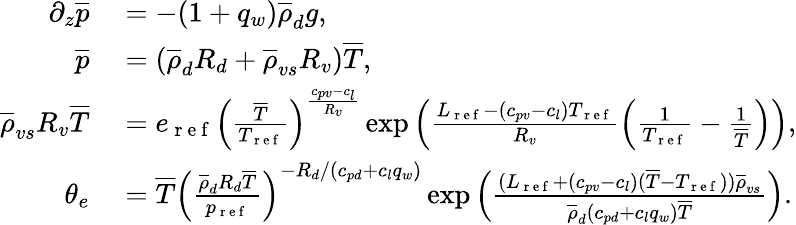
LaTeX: \begin{array}{rl}{\partial_{z}\overline{{p}}}&{{}=-(1+q_{w})\overline{{\rho}}_{d}g,}\\ {\overline{{p}}}&{{}=(\overline{{\rho}}_{d}R_{d}+\overline{{\rho}}_{vs}R_{v})\overline{{T}},}\\ {\overline{{\rho}}_{vs}R_{v}\overline{{T}}}&{{}=e_{\mathrm{~r~e~f~}}\left(\frac{\overline{{T}}}{T_{\mathrm{~r~e~f~}}}\right)^{\frac{c_{pv}-c_{l}}{R_{v}}}\exp\left(\frac{L_{\mathrm{~r~e~f~}}-(c_{pv}-c_{l})T_{\mathrm{~r~e~f~}}}{R_{v}}\left(\frac{1}{T_{\mathrm{~r~e~f~}}}-\frac{1}{\overline{{T}}}\right)\right),}\\ {\theta_{e}}&{{}=\overline{{T}}\left(\frac{\overline{{\rho}}_{d}R_{d}\overline{{T}}}{p_{\mathrm{~r~e~f~}}}\right)^{-R_{d}/(c_{pd}+c_{l}q_{w})}\exp\left(\frac{(L_{\mathrm{~r~e~f~}}+(c_{pv}-c_{l})(\overline{{T}}-T_{\mathrm{~r~e~f~}}))\overline{{\rho}}_{vs}}{\overline{{\rho}}_{d}(c_{pd}+c_{l}q_{w})\overline{{T}}}\right).}\end{array}